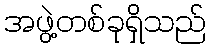
အဖွဲ့တစ်ခုရှိသည်